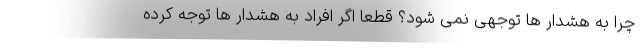
چرا به هشدار ها توجهی نمی شود؟ قطعا اگر افراد به هشدار ها توجه کرده